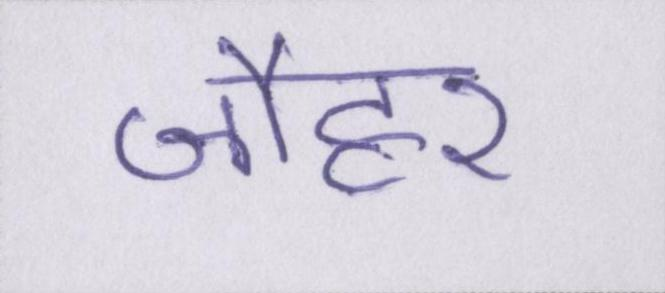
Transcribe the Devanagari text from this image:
जौहर